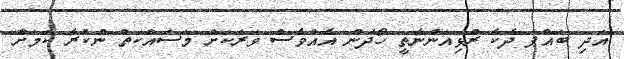
އަދި ބައްޕަ ދެކެ ރުޅިއަންނާތީ ހޯދަން އެއްވެސް ވަރަކަށް މަސައްކަތް ނުކުރާ ކަމަށް